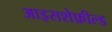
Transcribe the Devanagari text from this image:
आइसशेफ़ील्ड